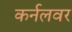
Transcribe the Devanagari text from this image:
कर्नलवर